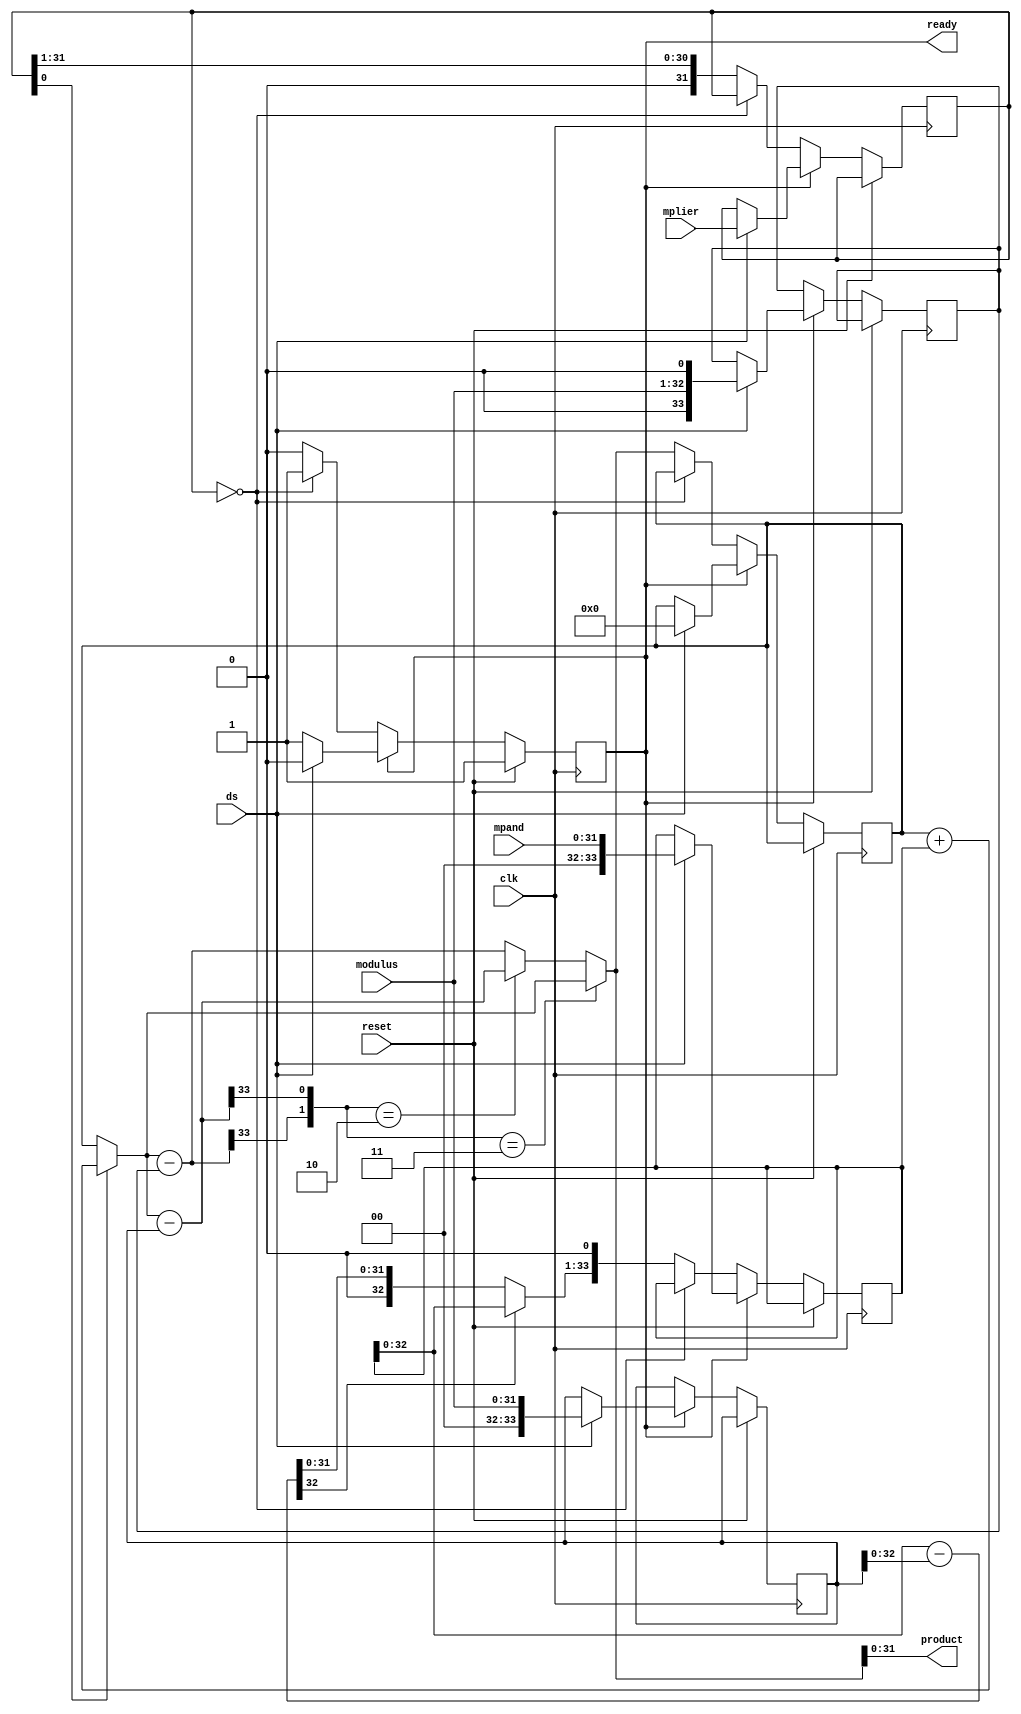
`timescale 1ns / 1ps
//////////////////////////////////////////////////////////////////////////////////
// Company: 
// Engineer: 
// 
// Design Name: 
// Module Name:    modmult2 
// Project Name: 
// Target Devices: 
// Tool versions: 
// Description: 
//
// Dependencies: 
//
// Revision: 
// Revision 0.01 - File Created
// Additional Comments: 
//
//////////////////////////////////////////////////////////////////////////////////
module ARS_modmult2(mpand, mplier, modulus, product, clk, ds, reset, ready);
   parameter          MPWID = 32;
   input [MPWID-1:0]  mpand;
   input [MPWID-1:0]  mplier;
   input [MPWID-1:0]  modulus;
   output [MPWID-1:0] product;
   input              clk;
   input              ds;
   input              reset;
   output             ready;
   
   reg [MPWID-1:0]    mpreg;
   reg [MPWID+1:0]    mcreg;
   wire [MPWID+1:0]   mcreg1;
   wire [MPWID+1:0]   mcreg2;
   reg [MPWID+1:0]    modreg1;
   reg [MPWID+1:0]    modreg2;
   reg [MPWID+1:0]    prodreg;
   wire [MPWID+1:0]   prodreg1;
   wire [MPWID+1:0]   prodreg2;
   wire [MPWID+1:0]   prodreg3;
   wire [MPWID+1:0]   prodreg4;
   
   wire [1:0]         modstate;
   reg                first;
   
   assign product = prodreg4[MPWID - 1:0];
   
   assign prodreg1 = (mpreg[0] == 1'b1) ? prodreg + mcreg : 
                     prodreg;
   assign prodreg2 = prodreg1 - modreg1;
   assign prodreg3 = prodreg1 - modreg2;
   
   assign modstate = {prodreg3[MPWID + 1], prodreg2[MPWID + 1]};
   
   assign prodreg4 = (modstate == 2'b11) ? prodreg1 : 
                     (modstate == 2'b10) ? prodreg2 : 
                     prodreg3;
   assign mcreg1 = mcreg - modreg1;
   
   assign mcreg2 = (mcreg1[MPWID] == 1'b1) ? mcreg : 
                   mcreg1;
   assign ready = first;
   
   
   always @(posedge clk )
   begin: combine
      
      if (reset == 1'b1)
         first <= 1'b1;
      else 
      begin
         if (first == 1'b1)
         begin
            if (ds == 1'b1)
            begin
               mpreg <= mplier;
               mcreg <= {2'b00, mpand};
               modreg1 <= {2'b00, modulus};
               modreg2 <= {1'b0, modulus, 1'b0};
               prodreg <= {MPWID+2{1'b0}};
               first <= 1'b0;
            end
         end
         else
            if (mpreg == 0)
               first <= 1'b1;
            else
            begin
               mcreg <= {mcreg2[MPWID:0], 1'b0};
               mpreg <= {1'b0, mpreg[MPWID - 1:1]};
               prodreg <= prodreg4;
            end
      end
      
   end
   
endmodule